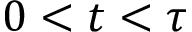
0 < t < \tau